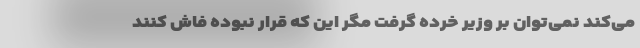
می‌کند نمی‌توان بر وزیر خُرده گرفت مگر این که قرار نبوده فاش کنند